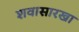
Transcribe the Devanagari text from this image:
शवासारखा